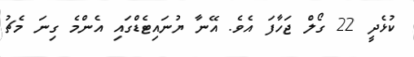
ކުޅެދީ 22 ގޯލް ޖަހާފަ އެވެ. އޭނާ ޔުނައިޓެޑްގައި އެންމެ ގިނަ މެޗު